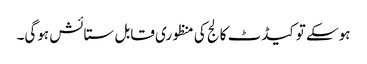
ہوسکے تو کیڈٹ کالج کی منظوری قابل ستائش ہوگی۔